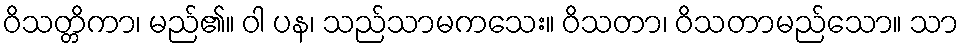
ဝိသတ္တိကာ၊ မည်၏။ ဝါ ပန၊ သည်သာမကသေး။ ဝိသတာ၊ ဝိသတာမည်သော။ သာ